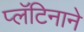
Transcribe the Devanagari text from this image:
प्लॅटिनाने